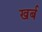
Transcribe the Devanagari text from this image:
खर्ब